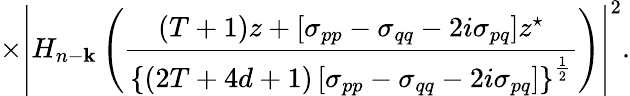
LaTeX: \times\left|H_{n-\mathbf{k}}\left(\frac{{(T+1)z+\left[\sigma_{pp}-\sigma_{qq}-2i\sigma_{pq}\right]z^{\star}}}{{\left\{ (2T+4d+1)\left[\sigma_{pp}-\sigma_{qq}-2i\sigma_{pq}\right]\right\} ^{\frac{1}{2}}}}\right)\right|^{2}.